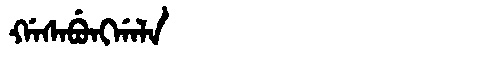
Manchu: ᡤᠠᠰᠠᠪᡠᠩᡤᠠᠯᠠ
Romanization: GASABUNGGALA